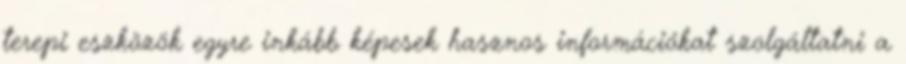
terepi eszközök egyre inkább képesek hasznos információkat szolgáltatni a